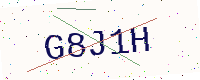
Text: G8J1H